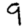
Digit: 9